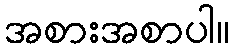
အစားအစာပါ။